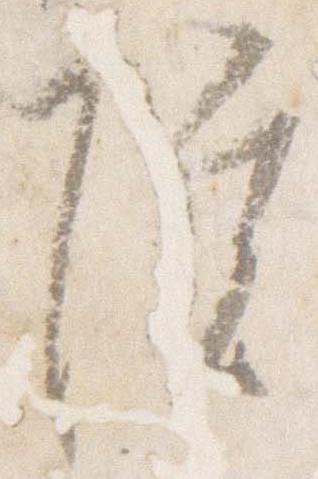
院